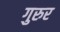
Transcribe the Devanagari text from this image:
गुरुर